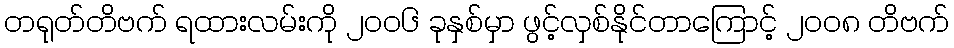
တရုတ်တိဗက် ရထားလမ်းကို ၂၀၀၆ ခုနှစ်မှာ ဖွင့်လှစ်နိုင်တာကြောင့် ၂၀၀၈ တိဗက်